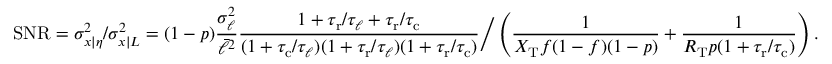
\mathrm { S N R } = \sigma _ { x | \eta } ^ { 2 } / \sigma _ { x | L } ^ { 2 } = ( 1 - p ) \frac { \sigma _ { \ell } ^ { 2 } } { \bar { \ell } ^ { 2 } } \frac { 1 + { \tau _ { \mathrm { r } } } / \tau _ { \ell } + { \tau _ { \mathrm { r } } } / { \tau _ { \mathrm { c } } } } { ( 1 + { \tau _ { \mathrm { c } } } / \tau _ { \ell } ) ( 1 + { \tau _ { \mathrm { r } } } / \tau _ { \ell } ) ( 1 + { \tau _ { \mathrm { r } } } / { \tau _ { \mathrm { c } } } ) } \bigg / \left( \frac { 1 } { X _ { \mathrm { T } } f ( 1 - f ) ( 1 - p ) } + \frac { 1 } { R _ { \mathrm { T } } p ( 1 + { \tau _ { \mathrm { r } } } / { \tau _ { \mathrm { c } } } ) } \right) .